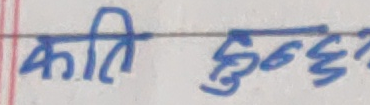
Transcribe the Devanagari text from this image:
कति हुन्छ